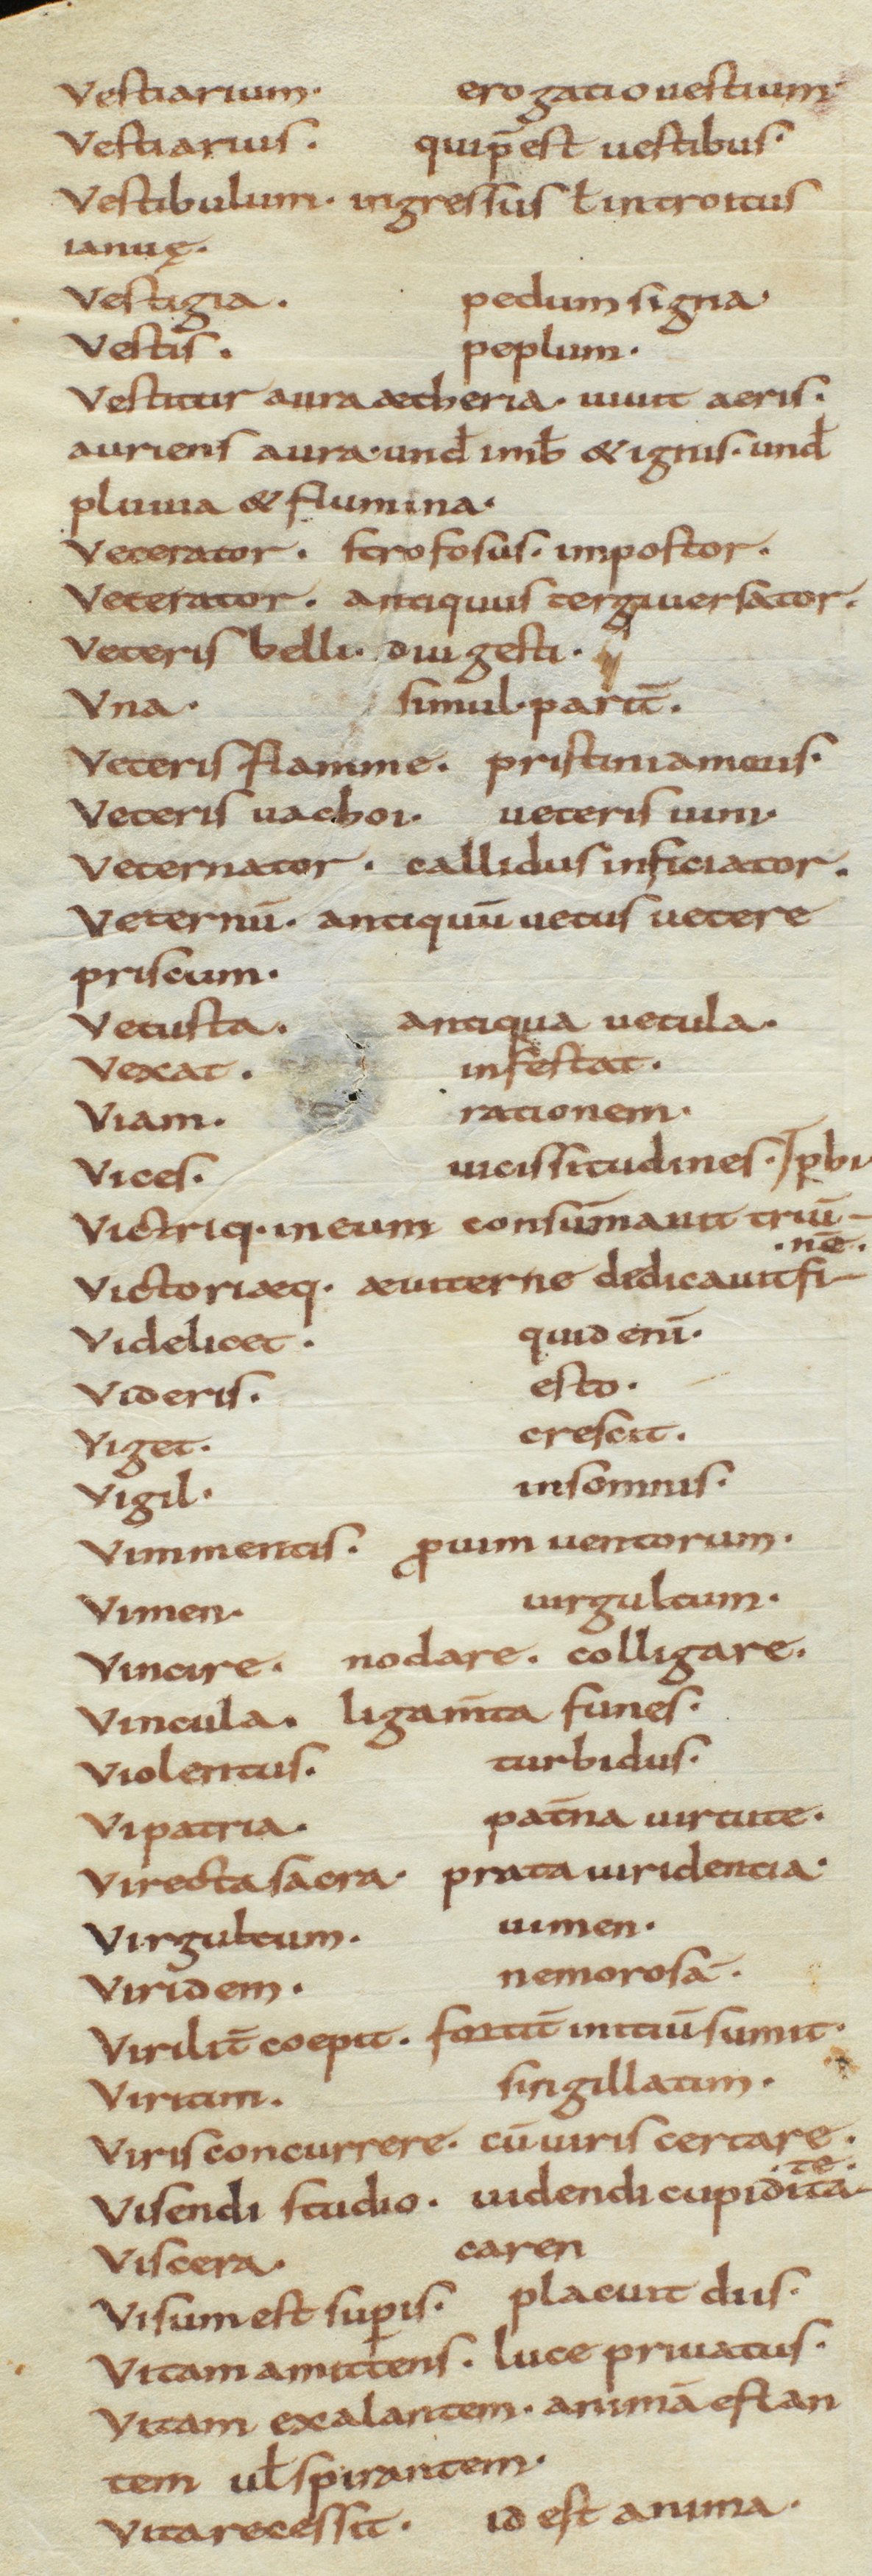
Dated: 850–915